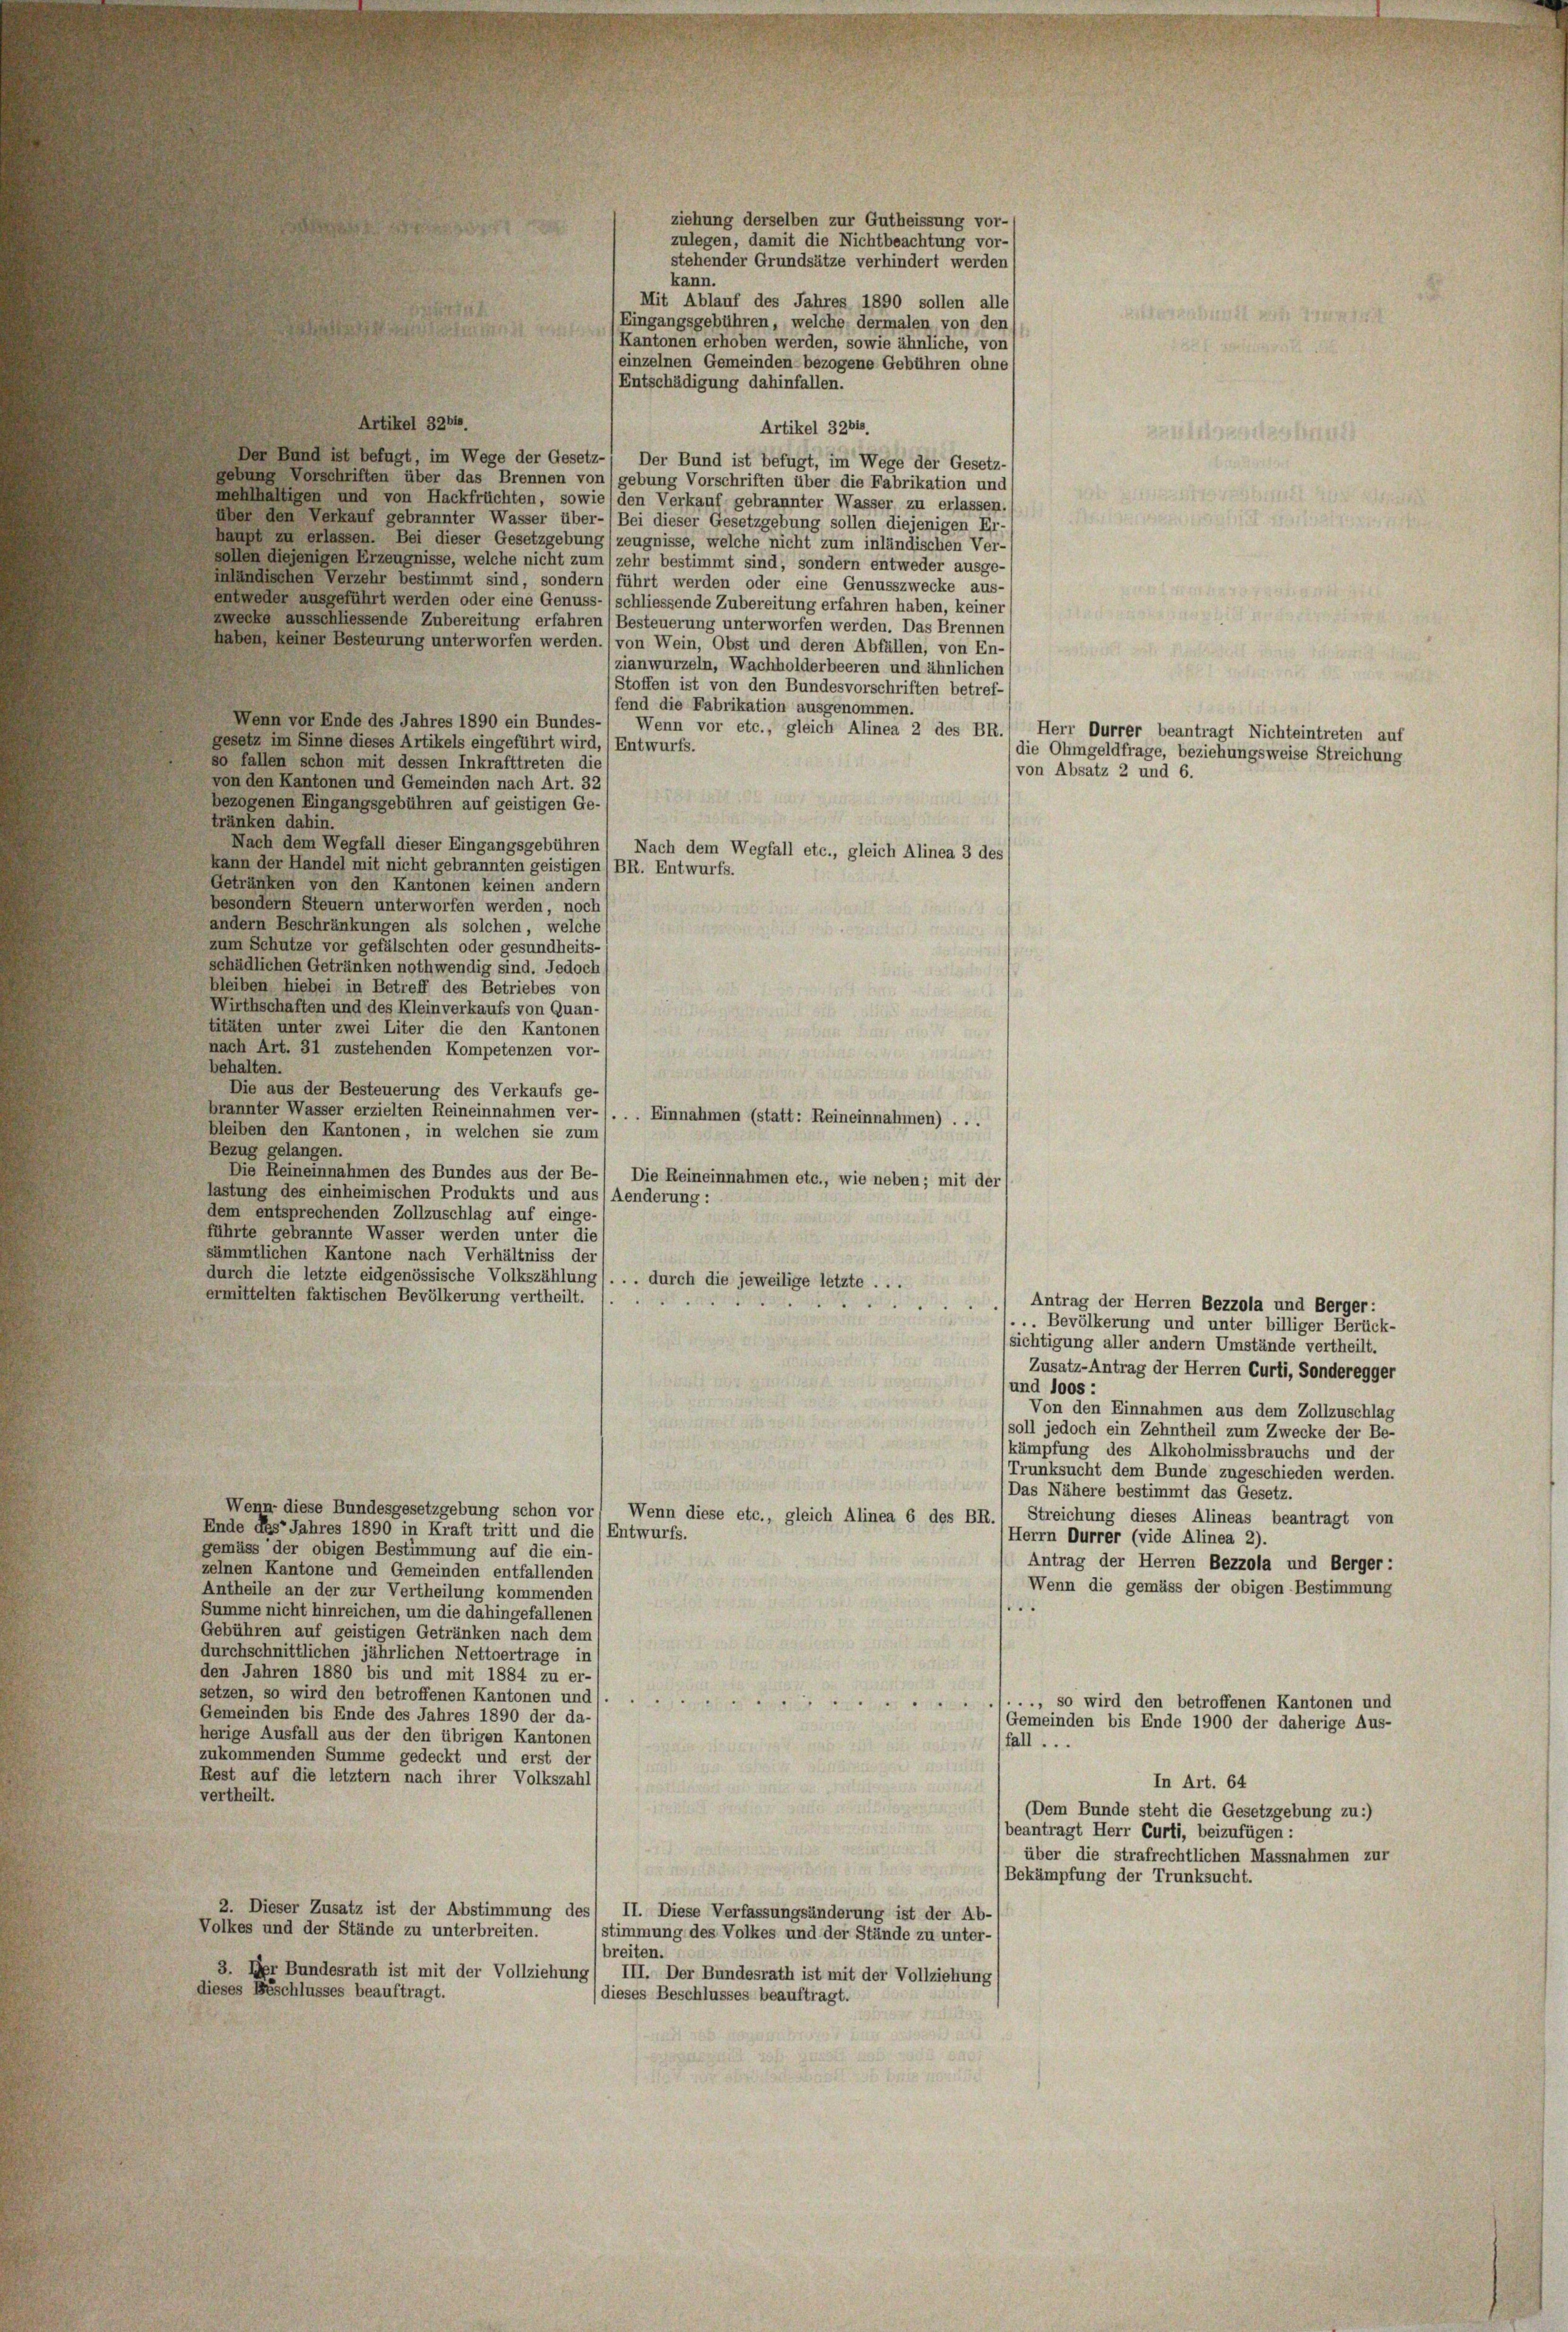
Artikel 3261.
Artikel 32618.
Der Bund ist befugt, im Wege der Gesetz-) Der Bund ist befugt, im Wege der Gesetz-
gebung Vorschriften über das Brennen von (gebung Vorschriften über die Fabrikation und
wenthaltigen und von Hackfrüchten, sowie den Verkauf gebrannter Wasser zu erlassen.
über den Verkauf gebrannter Wasser über-(Bei dieser Gesetzgebung sollen diejenigen Er-
haupt zu erlassen. Bei dieser Gesetzgebung (zeugnisse, welche nicht zum inländischen Ver-
sollen diejenigen Erzeugnisse, welche nicht zum (zehr bestimmt sind, sondern entweder ausge-
inländischen Verzehr bestimmt sind, sondern führt werden oder eine Genusszwecke aus-
entweder ausgeführt werden oder eine Genuss-)schliessende Zubereitung erfahren haben, keiner
zwecke ausschliessende Zubereitung erfahren (Besteuerung unterworfen werden. Das Brennen
haben, keiner Besteurung unterworfen werden. (von Wein, Obst und deren Abfällen, von En-
(zianwurzeln, Wachholderbeeren und ähnlichen
Stoffen ist von den Bundesvorschriften betref-
(fend die Fabrikation ausgenommen.
Wenn vor Ende des Jahres 1890 ein Bundes-
Wenn vor etc., gleich Alinea 2 des BR.) Herr Durrer beantragt Nichteintreten auf
gesetz im Sinne dieses Artikels eingeführt wird,) Entwurfs.
so fallen schon mit dessen Inkrafttreten die
von den Kantonen und Gemeinden nach Art. 32
bezogenen Eingangsgebühren auf geistigen Ge-
tränken dahin.
Nach dem Wegfall dieser Eingangsgebühren! Nach dem Wegfall etc., gleich Alinea 3 des
kann der Handel mit nicht gebrannten geistigen (BR. Entwurfs.
Getränken von den Kantonen keinen andern
besondern Steuern unterworfen werden, noch
andern Beschränkungen als solchen, welche
zum Schutze vor gefälschten oder gesundheits-
schädlichen Getränken nothwendig sind. Jedoch
bleiben hiebei in Betreff des Betriebes von
Wirthschaften und des Kleinverkaufs von Quan-
titäten unter zwei Liter die den Kantonen
nach Art. 31 zustehenden Kompetenzen vor-
behalten.
Die aus der Besteuerung des Verkaufs ge-
r
brannter Wasser erzielten Reineinnahmen ver-
. Einnahmen (statt: Reineinnahmen) . ..
bleiben den Kantonen, in welchen sie zum
Bezug gelangen.
Die Reineinnahmen des Bundes aus der Be-
Die Reineinnahmen etc., wie neben; mit der
lastung des einheimischen Produkts und aus/Aenderung:
dem entsprechenden Zollzuschlag auf einge-
führte gebrannte Wasser werden unter die
sämmtlichen Kantone nach Verhältniss der
durch die letzte eidgenössische Volkszählung (. . . durch die jeweilige letzte . . .
ermittelten faktischen Bevölkerung vertheilt.
5
Antrag der Herren Bezzola und Berger:
... Bevölkerung und unter billiger Berück-
sichtigung aller andern Umstände vertheilt.
Zusatz-Antrag der Herren Curti, Sonderegger
und 1005 :
Von den Einnahmen aus dem Zollzuschlag
(soll jedoch ein Zehntheil zum Zwecke der Be-
kämpfung des Alkoholmissbrauchs und der
(Trunksucht dem Bunde zugeschieden werden.
Das Nähere bestimmt das Gesetz.
Wenn diese Bundesgesetzgebung schon vor! Wenn diese etc., gleich Alinea 6 des BR. Streichung dieses Alineas beantragt von
Ende des Jahres 1890 in Kraft tritt und die Entwurfs.
(Herrn Durrer (vide Alinea 2).
gemäss der obigen Bestimmung auf die ein-
Antrag der Herren Bezzola und Berger:
zelnen Kantone und Gemeinden entfallenden
Wenn die gemäss der obigen Bestimmung
Antheile an der zur Vertheilung kommenden
e
Summe nicht hinreichen, um die dahingefallenen
Gebühren auf geistigen Getränken nach dem
durchschnittlichen jährlichen Nettoertrage in
den Jahren 1880 bis und mit 1884 zu er-
setzen, so wird den betroffenen Kantonen und
h
., so wird den betroffenen Kantonen und
g
Gemeinden bis Ende des Jahres 1890 der da-
Gemeinden bis Ende 1900 der daherige Aus-
herige Ausfall aus der den übrigen Kantonen
fall ...
zukommenden Summe gedeckt und erst der
Rest auf die letztem nach ihrer Volkszahl
In Art. 64
vertheilt.
(Dem Bunde steht die Gesetzgebung zu :)
beantragt Herr Curti, beizufügen:
über die strafrechtlichen Massnahmen zur
(Bekämpfung der Trunksucht.
2. Dieser Zusatz ist der Abstimmung des ( II. Diese Verfassungsänderung ist der Ab-
Volkes und der Stände zu unterbreiten.
(stimmung des Volkes und der Stände zu unter-
breiten.
3. Der Bundesrath ist mit der Vollziehung III. Der Bundesrath ist mit der Vollziehung
dieses Beschlusses beauftragt.
(dieses Beschlusses beauftragt.

ziehung derselben zur Gutheissung vor-
zulegen, damit die Nichtbeachtung vor-
stehender Grundsätze verhindert werden
kann.
Mit Ablauf des Jahres 1890 sollen alle
Eingangsgebühren, welche dermalen von den
(Kantonen erhoben werden, sowie ähnliche, von
einzelnen Gemeinden- bezogene Gebühren ohne
Entschädigung dahinfallen.

(die Ohmgeldfrage, beziehungsweise Streichung
(von Absatz 2 und 6.